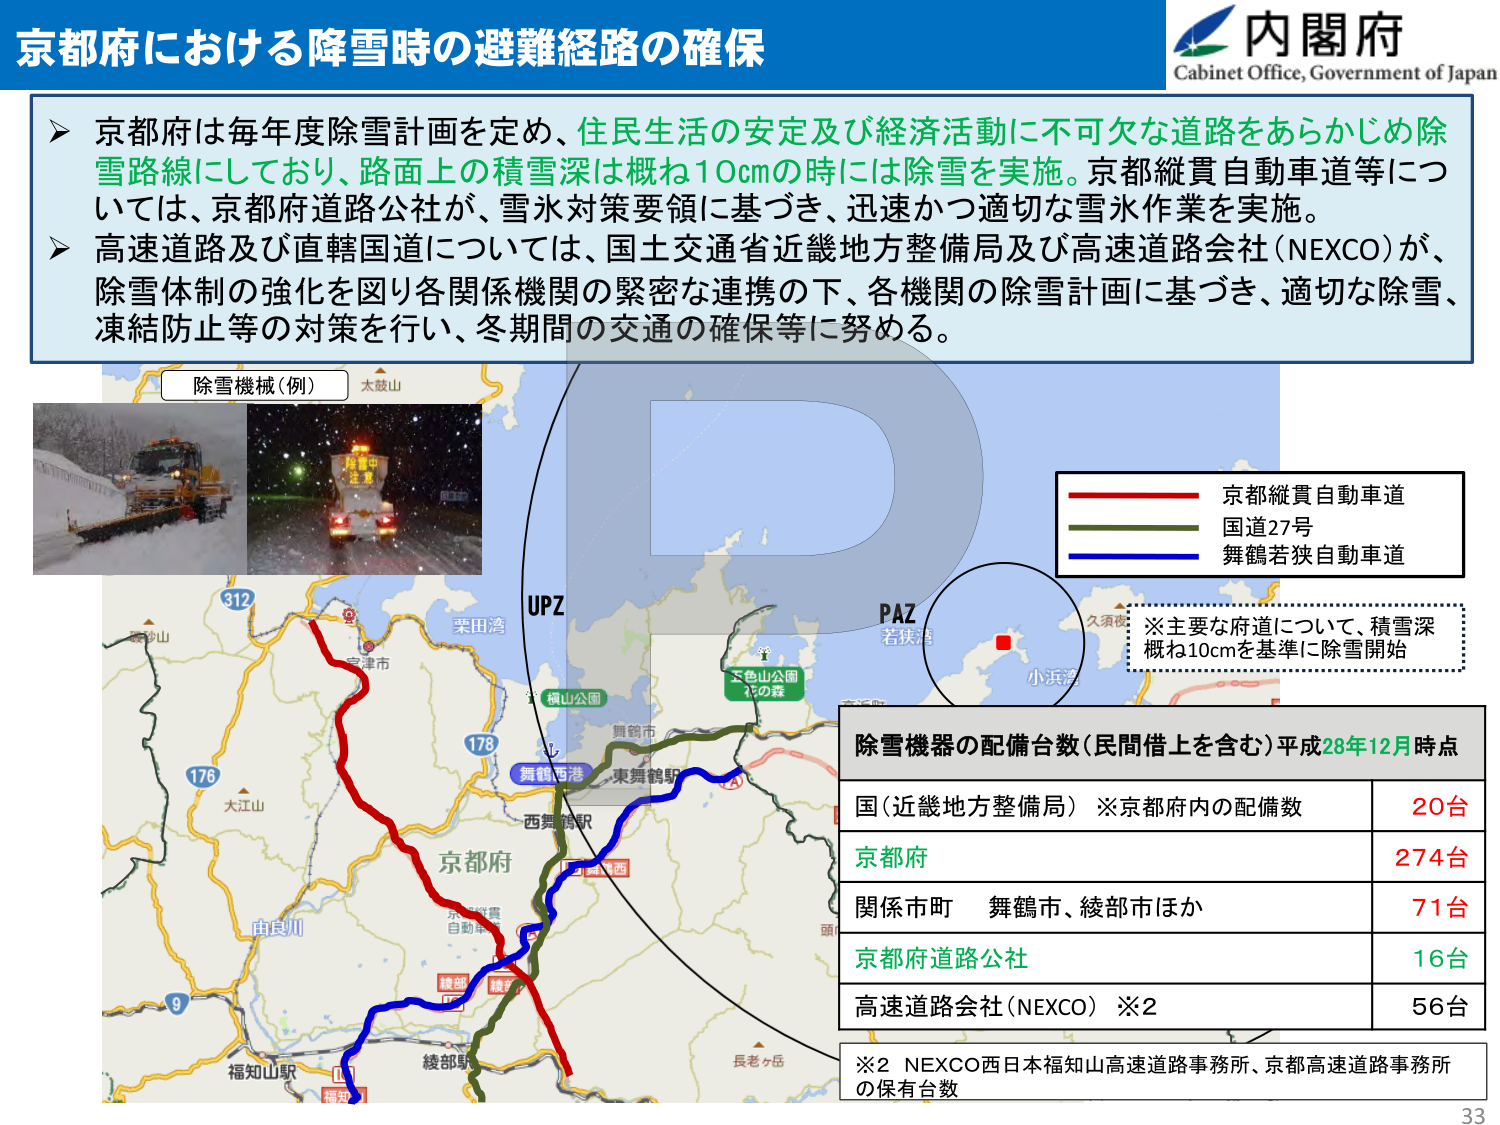
京都府における降雪時の避難経路の確保

内閣府
Cabinet Office, Government of Japan

➤ 京都府は毎年度除雪計画を定め、住民生活の安定及び経済活動に不可欠な道路をあらかじめ除雪路線にしており、路面上の積雪深は概ね10cmの時には除雪を実施。京都縦貫自動車道等については、京都府道路公社が、雪氷対策要領に基づき、迅速かつ適切な雪氷作業を実施。
➤ 高速道路及び直轄国道については、国土交通省近畿地方整備局及び高速道路会社（NEXCO）が、除雪体制の強化を図り各関係機関の緊密な連携の下、各機関の除雪計画に基づき、適切な除雪、凍結防止等の対策を行い、冬期間の交通の確保等に努める。

除雪機械（例）

太鼓山

UPZ

PAZ
若狭湾

久須夜
小浜湾

京都縦貫自動車道
国道27号
舞鶴若狭自動車道

※主要な府道について、積雪深
概ね10cmを基準に除雪開始

除雪機器の配備台数（民間借上を含む）平成28年12月時点

国（近畿地方整備局）※京都府内の配備数　20台
京都府　274台
関係市町　舞鶴市、綾部市ほか　71台
京都府道路公社　16台
高速道路会社（NEXCO）※2　56台

※2 NEXCO西日本福知山高速道路事務所、京都高速道路事務所の保有台数

312
栗田湾
宮津市
横山公園
舞鶴市
東舞鶴駅
西舞鶴駅
五色山公園
花の森
178
大江山
由良川
京都府
京縦貫
自動車道
綾部
福知山駅
綾部駅
福知
9
176
長老ヶ岳
頭

33